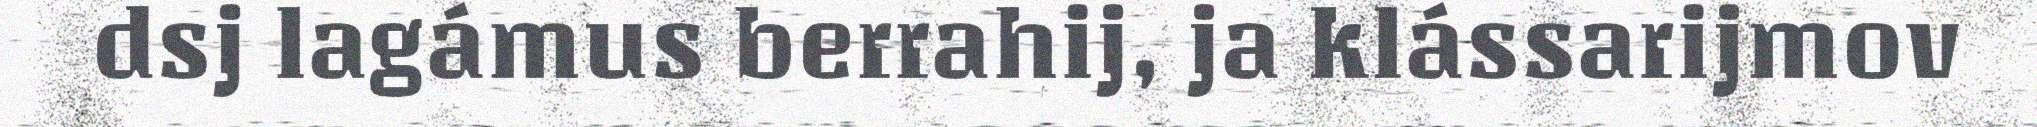
dsj lagámus berrahij, ja klássarijmov